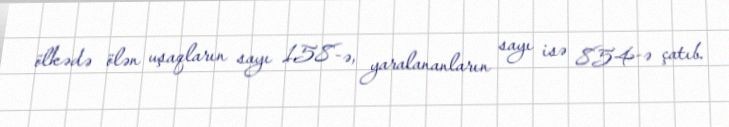
ölkədə ölən uşaqların sayı 158-ə, yaralananların sayı isə 854-ə çatıb.